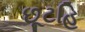
છૂટહિ